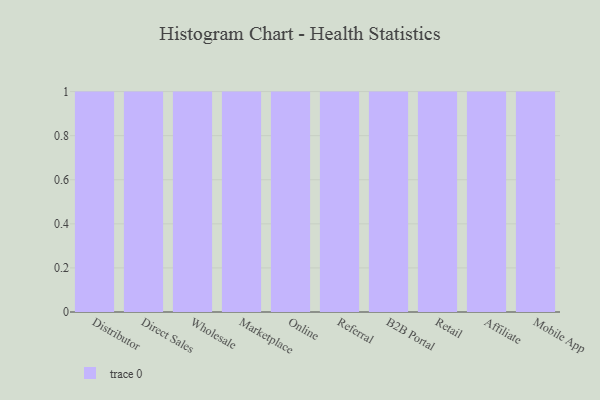
{"axis": {"x": "Channel", "y": "Tickets Resolved"}, "legend": [""], "data": [{"x": "Distributor", "y": 80, "type": ""}, {"x": "Direct Sales", "y": 97, "type": ""}, {"x": "Wholesale", "y": 77, "type": ""}, {"x": "Marketplace", "y": 59, "type": ""}, {"x": "Online", "y": 31, "type": ""}, {"x": "Referral", "y": 61, "type": ""}, {"x": "B2B Portal", "y": 97, "type": ""}, {"x": "Retail", "y": 49, "type": ""}, {"x": "Affiliate", "y": 56, "type": ""}, {"x": "Mobile App", "y": 85, "type": ""}]}